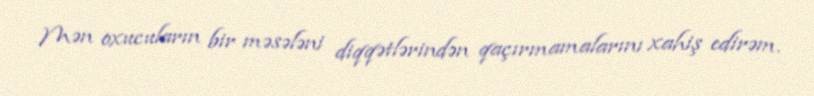
Mən oxucuların bir məsələni diqqətlərindən qaçırmamalarını xahiş edirəm.